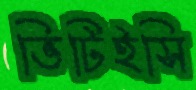
ভিটিইসি